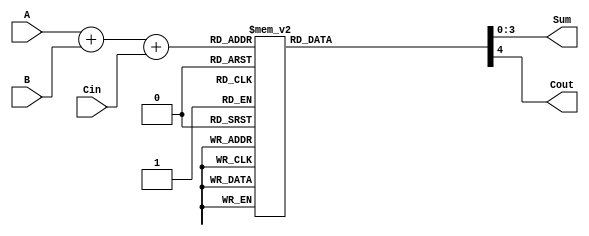
module BCD_LUT_Adder (
    input  wire [3:0] A,      // First BCD digit
    input  wire [3:0] B,      // Second BCD digit
    input  wire       Cin,     // Carry-in
    output reg  [3:0] Sum,     // BCD Sum
    output reg       Cout      // Carry-out
);

    // Internal wire to hold the binary sum
    wire [4:0] S; // 5 bits to accommodate carry
    assign S = A + B + Cin;

    always @(*) begin
        // Default values
        Sum = 4'b0000;
        Cout = 1'b0;

        // Look-Up Table for BCD correction
        case (S)
            5'b00000: {Cout, Sum} = {1'b0, 4'b0000}; // 0
            5'b00001: {Cout, Sum} = {1'b0, 4'b0001}; // 1
            5'b00010: {Cout, Sum} = {1'b0, 4'b0010}; // 2
            5'b00011: {Cout, Sum} = {1'b0, 4'b0011}; // 3
            5'b00100: {Cout, Sum} = {1'b0, 4'b0100}; // 4
            5'b00101: {Cout, Sum} = {1'b0, 4'b0101}; // 5
            5'b00110: {Cout, Sum} = {1'b0, 4'b0110}; // 6
            5'b00111: {Cout, Sum} = {1'b0, 4'b0111}; // 7
            5'b01000: {Cout, Sum} = {1'b0, 4'b1000}; // 8
            5'b01001: {Cout, Sum} = {1'b0, 4'b1001}; // 9
            5'b01010: {Cout, Sum} = {1'b1, 4'b0000}; // 10 (10 = 0, Cout = 1)
            5'b01011: {Cout, Sum} = {1'b1, 4'b0001}; // 11 (11 = 1, Cout = 1)
            5'b01100: {Cout, Sum} = {1'b1, 4'b0010}; // 12 (12 = 2, Cout = 1)
            5'b01101: {Cout, Sum} = {1'b1, 4'b0011}; // 13 (13 = 3, Cout = 1)
            5'b01110: {Cout, Sum} = {1'b1, 4'b0100}; // 14 (14 = 4, Cout = 1)
            5'b01111: {Cout, Sum} = {1'b1, 4'b0101}; // 15 (15 = 5, Cout = 1)
            5'b10000: {Cout, Sum} = {1'b1, 4'b0110}; // 16 (16 = 6, Cout = 1)
            5'b10001: {Cout, Sum} = {1'b1, 4'b0111}; // 17 (17 = 7, Cout = 1)
            5'b10010: {Cout, Sum} = {1'b1, 4'b1000}; // 18 (18 = 8, Cout = 1)
            5'b10011: {Cout, Sum} = {1'b1, 4'b1001}; // 19 (19 = 9, Cout = 1)
            default:  {Cout, Sum} = {1'b1, 4'b0000}; // For any invalid case, output 0 with Cout = 1
        endcase
    end

endmodule